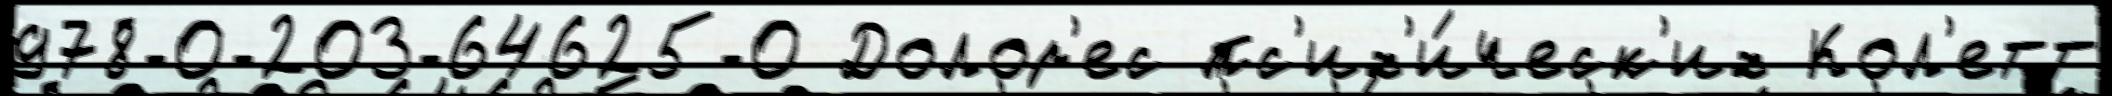
978-0-203-64625-0 Долор'ес пс'их'и́ческ'их Кол'етт